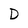
Character: D